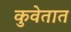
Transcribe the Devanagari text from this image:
कुवेतात